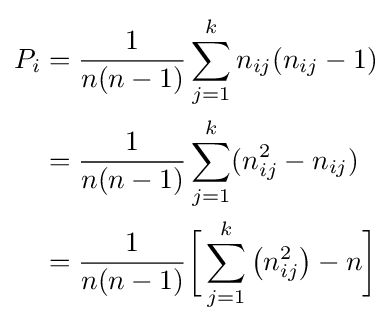
{\begin{aligned}P_{i}&={\frac {1}{n(n-1)}}\sum _{j=1}^{k}n_{ij}(n_{ij}-1)\\&={\frac {1}{n(n-1)}}\sum _{j=1}^{k}(n_{ij}^{2}-n_{ij})\\&={\frac {1}{n(n-1)}}{\biggl [}\sum _{j=1}^{k}{\bigl (}n_{ij}^{2}{\bigr )}-n{\biggr ]}\end{aligned}}